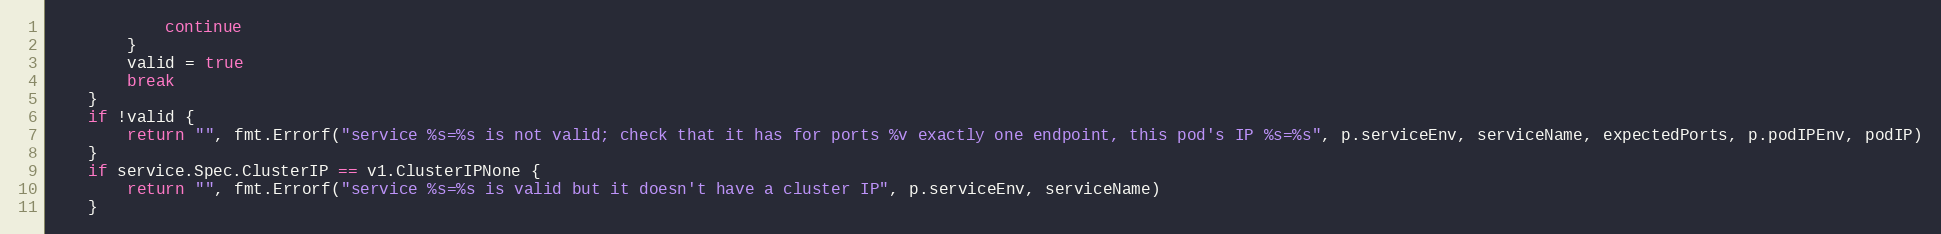
Language: Go
			continue
		}
		valid = true
		break
	}
	if !valid {
		return "", fmt.Errorf("service %s=%s is not valid; check that it has for ports %v exactly one endpoint, this pod's IP %s=%s", p.serviceEnv, serviceName, expectedPorts, p.podIPEnv, podIP)
	}
	if service.Spec.ClusterIP == v1.ClusterIPNone {
		return "", fmt.Errorf("service %s=%s is valid but it doesn't have a cluster IP", p.serviceEnv, serviceName)
	}